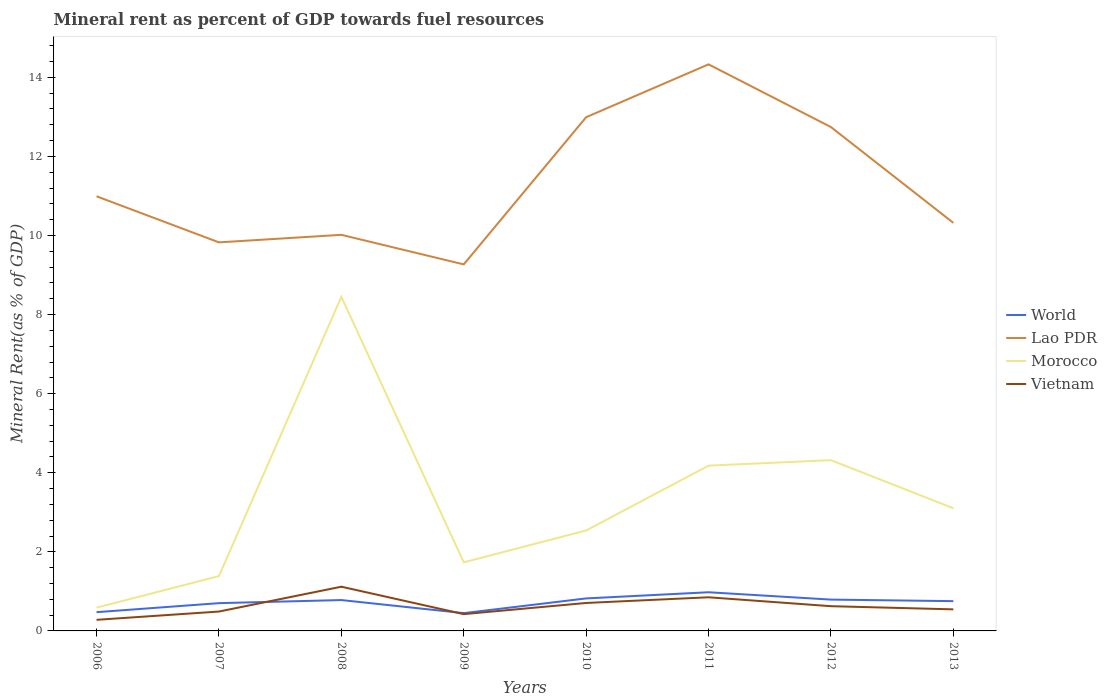
| Years | World | Lao PDR | Morocco | Vietnam |
 | --- | --- | --- | --- | --- |
 | 2006 | 0.474 | 11 | 0.589 | 0.281 |
 | 2007 | 0.702 | 9.83 | 1.39 | 0.49 |
 | 2008 | 0.781 | 10 | 8.45 | 1.12 |
 | 2009 | 0.45 | 9.27 | 1.73 | 0.425 |
 | 2010 | 0.822 | 13 | 2.54 | 0.707 |
 | 2011 | 0.978 | 14.3 | 4.18 | 0.85 |
 | 2012 | 0.792 | 12.7 | 4.32 | 0.626 |
 | 2013 | 0.753 | 10.3 | 3.1 | 0.545 |